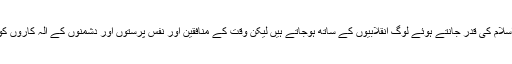
آپ کی سر توڑ کوششوں کا نتیجہ میں لوگوں کو صحیح راہ کا اندازہ ہوتا ہے اور انقلاب و اسلام کی قدر جانتے ہوئے لوگ انقلابیوں کے ساتھ ہوجاتے ہیں لیکن وقت کے منافقین اور نفس پرستوں اور دشمنوں کے الہ کاروں کو برداشت نہ ہوا اور 1/ مئی 1979 کو مجرم اور نادان گروہ نے گولی مار کر شہید کردیا۔